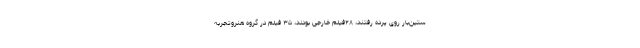
ستین‌بار روی پرده رفتند، ۲۸فیلم خارجی بودند، ۳۵ فیلم در گروه هنروتجربه